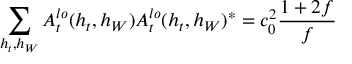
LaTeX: \sum _ { h _ { t } , h _ { W } } A _ { t } ^ { l o } ( h _ { t } , h _ { W } ) A _ { t } ^ { l o } ( h _ { t } , h _ { W } ) ^ { \ast } = c _ { 0 } ^ { 2 } { \frac { 1 + 2 f } { f } }